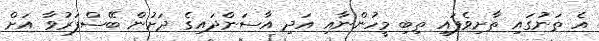
އެ ތަނުގައި ތާށިވެފައި ތިބި މީހުންނާއި އަދި އާސަންދައިގެ ދަށުން ބޭސްފަރުވާ އަށް